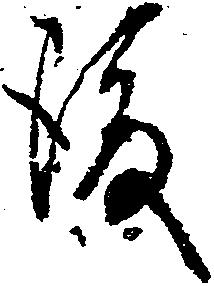
後